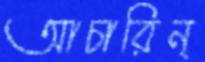
আচারিন্